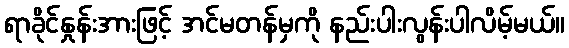
ရာခိုင်နှုန်းအားဖြင့် အင်မတန်မှကို နည်းပါးလွန်းပါလိမ့်မယ်။